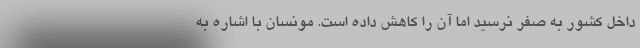
داخل کشور به صفر نرسید اما آن را کاهش داده است. مونسان با اشاره به